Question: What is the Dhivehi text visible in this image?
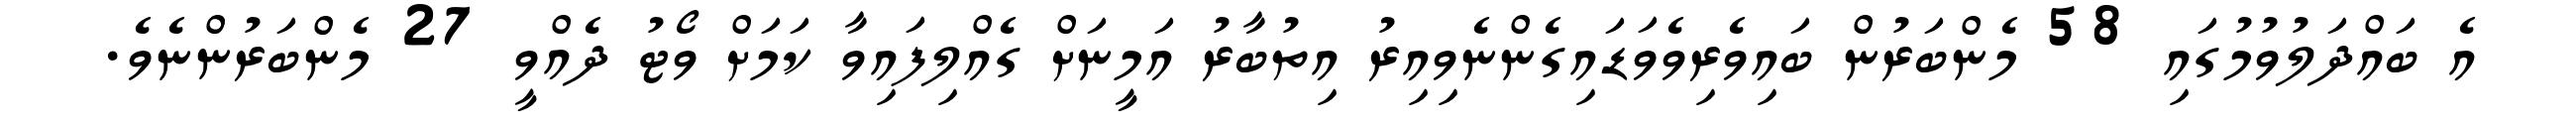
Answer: އެ ބައްދަލުވުމުގައި 58 މެންބަރުން ބައިވެރިވެވަޑައިގެންނެވިއިރު އިތުބާރު އަމީނަށް ގެއްލިފައިވާ ކަމަށް ވޯޓު ދެއްވީ 27 މެންބަރުންނެވެ.